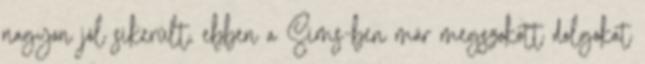
nagyon jól sikerült, ebben a Sims-ben már megszokott dolgokat